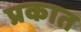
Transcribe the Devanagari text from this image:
प्रकात